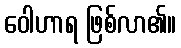
ဝေါဟာရ ဖြစ်လာ၏။